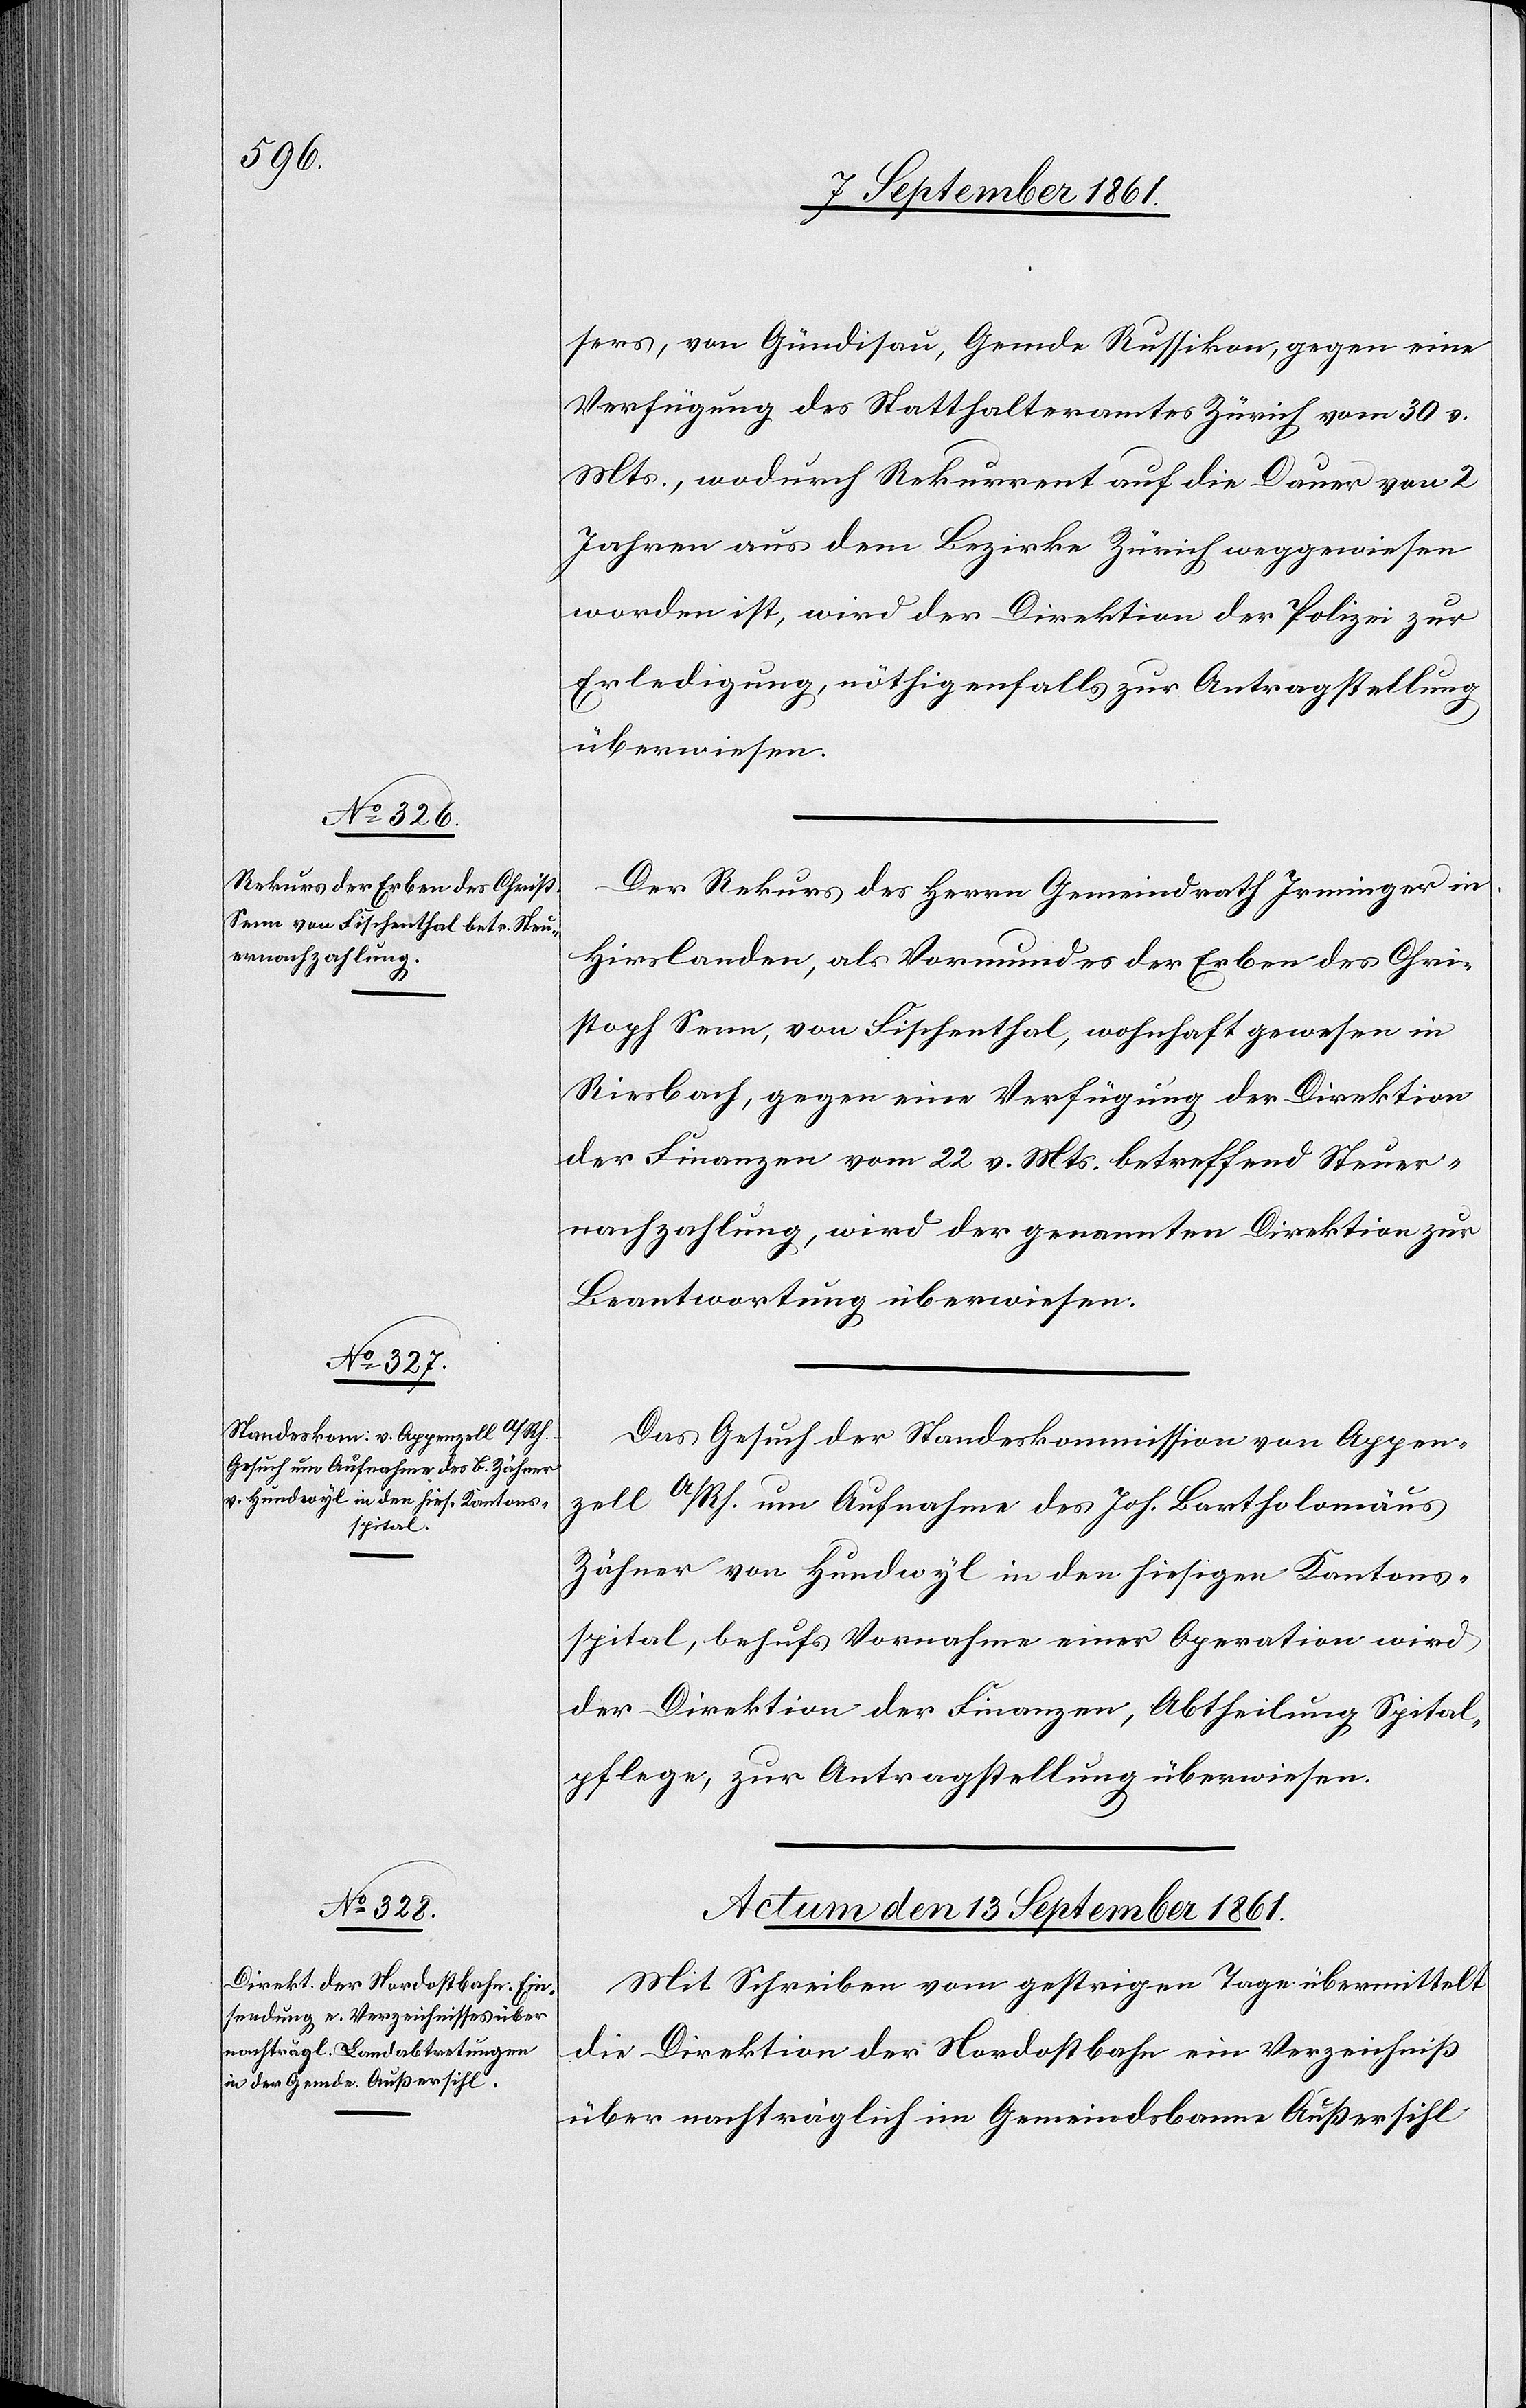
sers, von Gündisau, Gemde Russikon, gegen eine
Verfügung des Statthalteramtes Zürich vom 30 v.
Mts., wodurch Rekurrent auf die Dauer von 2
Jahren aus dem Bezirke Zürich weggewiesen
worden ist, wird der Direktion der Polizei zur
Erledigung, nöthigenfalls zur Antragstellung
überwiesen.
Der Rekurs des Herrn Gemeindrath Irminger in
Hirslanden, als Vormundes der Erben des Chri¬
stian Senn, von Fischenthal, wohnhaft gewesen in
Riesbach, gegen eine Verfügung der Direktion
der Finanzen vom 22 v. Mts. betreffend Steuer¬
nachzahlung, wird der genannten Direktion zur
Beantwortung überwiesen.
Das Gesuch der Standeskommission von Appen¬
zell A/Rh. um Aufnahme des Joh. Bartholomäus
Zähner von Hundswyl in den hiesigen Kantons¬
spital, behufs Vornahme einer Operation wird
der Direktion der Finanzen, Abtheilung Spital¬
pflege, zur Antragstellung überwiesen.
Actum den 13 September 1861.
Mit Schreiben vom gestrigen Tage übermittelt
die Direktion der Nordostbahn ein Verzeichniß
über nachträglich im Gemeindsbanne Außersihl